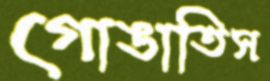
গোঙাতিস